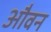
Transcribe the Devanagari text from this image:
औवन